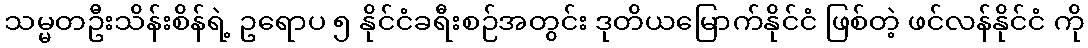
သမ္မတဦးသိန်းစိန်ရဲ့ ဥရောပ ၅ နိုင်ငံခရီးစဉ်အတွင်း ဒုတိယမြောက်နိုင်ငံ ဖြစ်တဲ့ ဖင်လန်နိုင်ငံ ကို